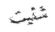
شتيت